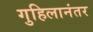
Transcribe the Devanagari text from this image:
गुहिलानंतर